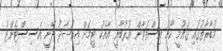
މުބާރާތުގައި ޤައުމީ ކޯޗު އިސްތަވާން އުރުބާނީ އާއެކު ޓީމަށް އިރުޝާދު ދޭނީ އެސިސްޓެންޓް